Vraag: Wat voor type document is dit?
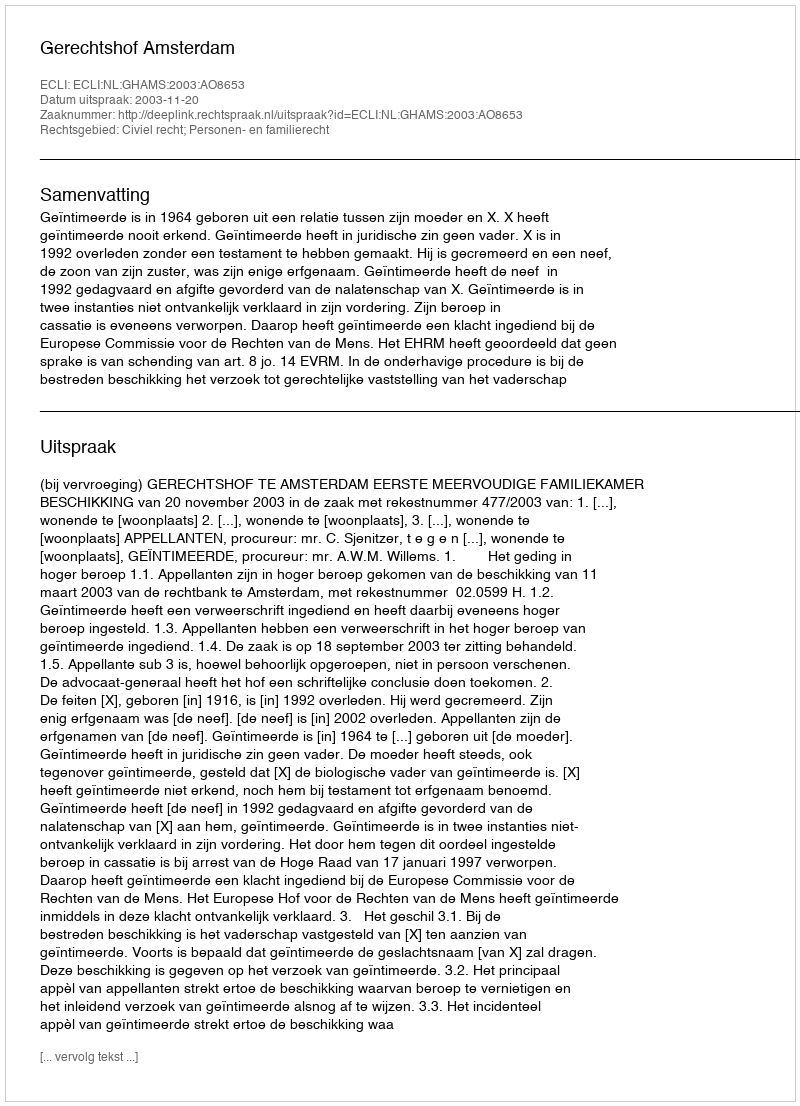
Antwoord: Uitspraak